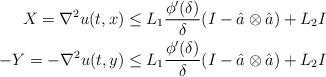
LaTeX: \begin{align*} X=\nabla^2u(t,x)&\le L_1 \frac{\phi'(\delta)}{\delta} (I - \hat a \otimes \hat a)+L_2I\\ -Y=-\nabla^2u(t,y)&\le L_1 \frac{\phi'(\delta)}{\delta} (I - \hat a \otimes \hat a)+L_2I \end{align*}